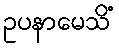
ဥပနာမေသိံ